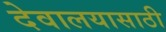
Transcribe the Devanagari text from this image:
देवालयासाठी